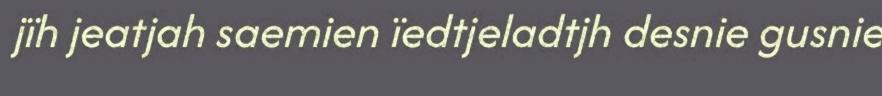
jïh jeatjah saemien ïedtjeladtjh desnie gusnie